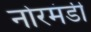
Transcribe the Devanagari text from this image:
नोरमंडी